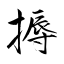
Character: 搙